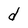
Character: d